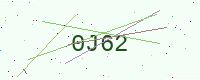
Text: 0J62